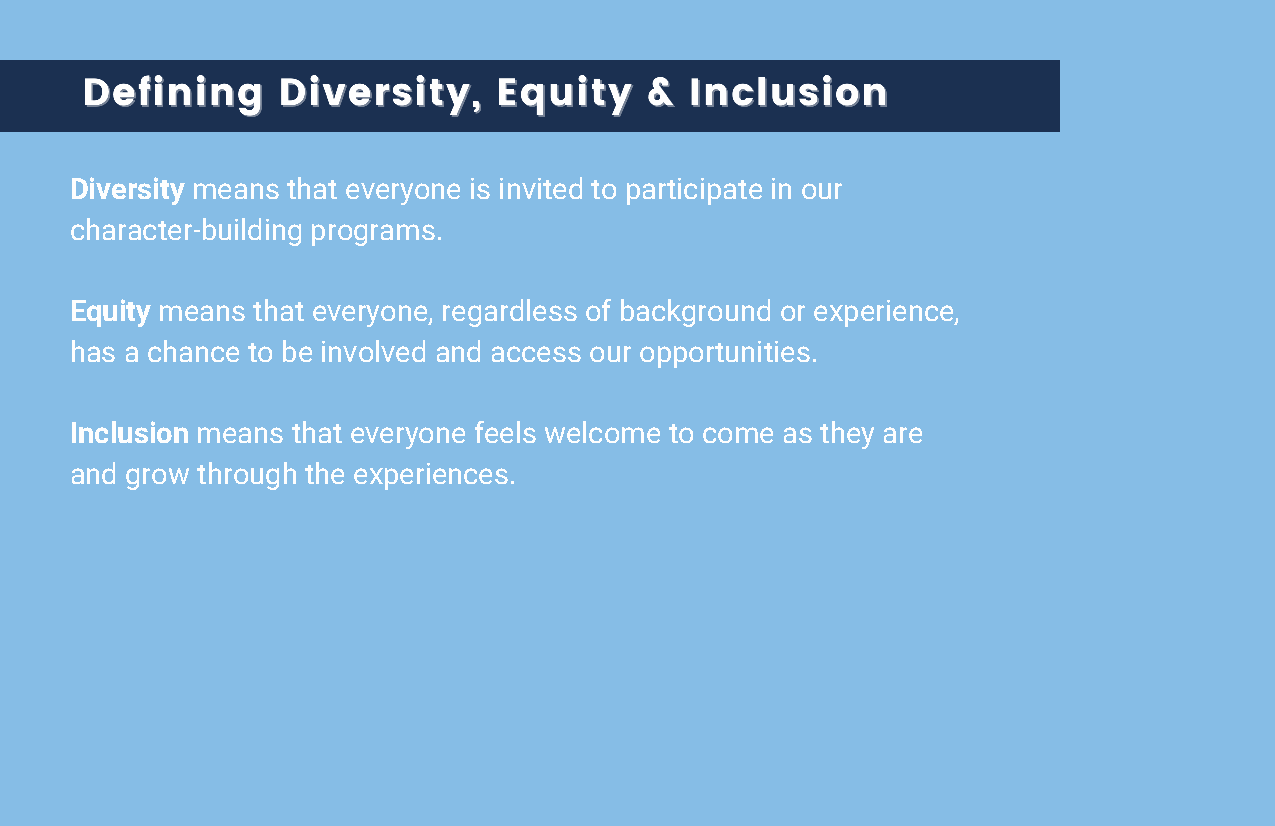
Diversity means that everyone is invited to participate in our
 character-building programs.
 Equity means that everyone, regardless of background or experience,
 has a chance to be involved and access our opportunities.
 Inclusion means that everyone feels welcome to come as they are
 and grow through the experiences.